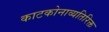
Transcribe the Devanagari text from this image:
काटकोनाव्यतिरिक्त